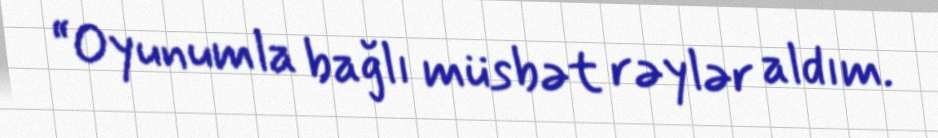
“Oyunumla bağlı müsbət rəylər aldım.